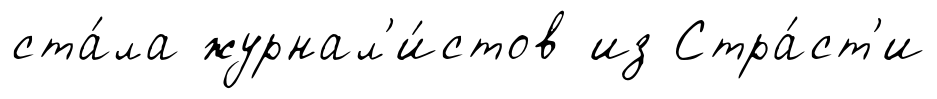
ста́ла журнал'и́стов из Стра́ст'и